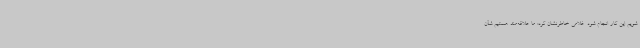
شویم این کار انجام شود. غلامی خاطرنشان کرد: ما علاقه‌مند هستیم شأن